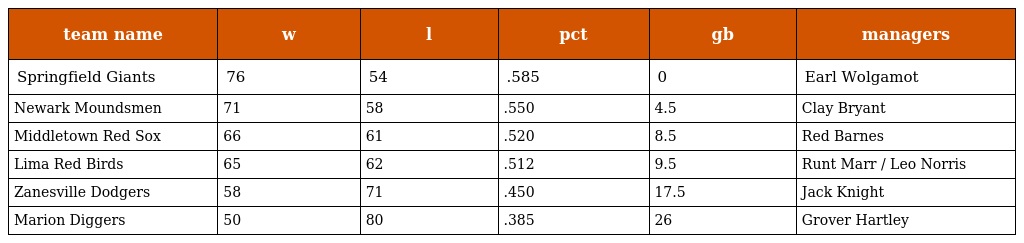
| team name | w | l | pct | gb | managers |
 | --- | --- | --- | --- | --- | --- |
 | Springfield Giants | 76 | 54 | .585 | 0 | Earl Wolgamot |
 | Newark Moundsmen | 71 | 58 | .550 | 4.5 | Clay Bryant |
 | Middletown Red Sox | 66 | 61 | .520 | 8.5 | Red Barnes |
 | Lima Red Birds | 65 | 62 | .512 | 9.5 | Runt Marr / Leo Norris |
 | Zanesville Dodgers | 58 | 71 | .450 | 17.5 | Jack Knight |
 | Marion Diggers | 50 | 80 | .385 | 26 | Grover Hartley |